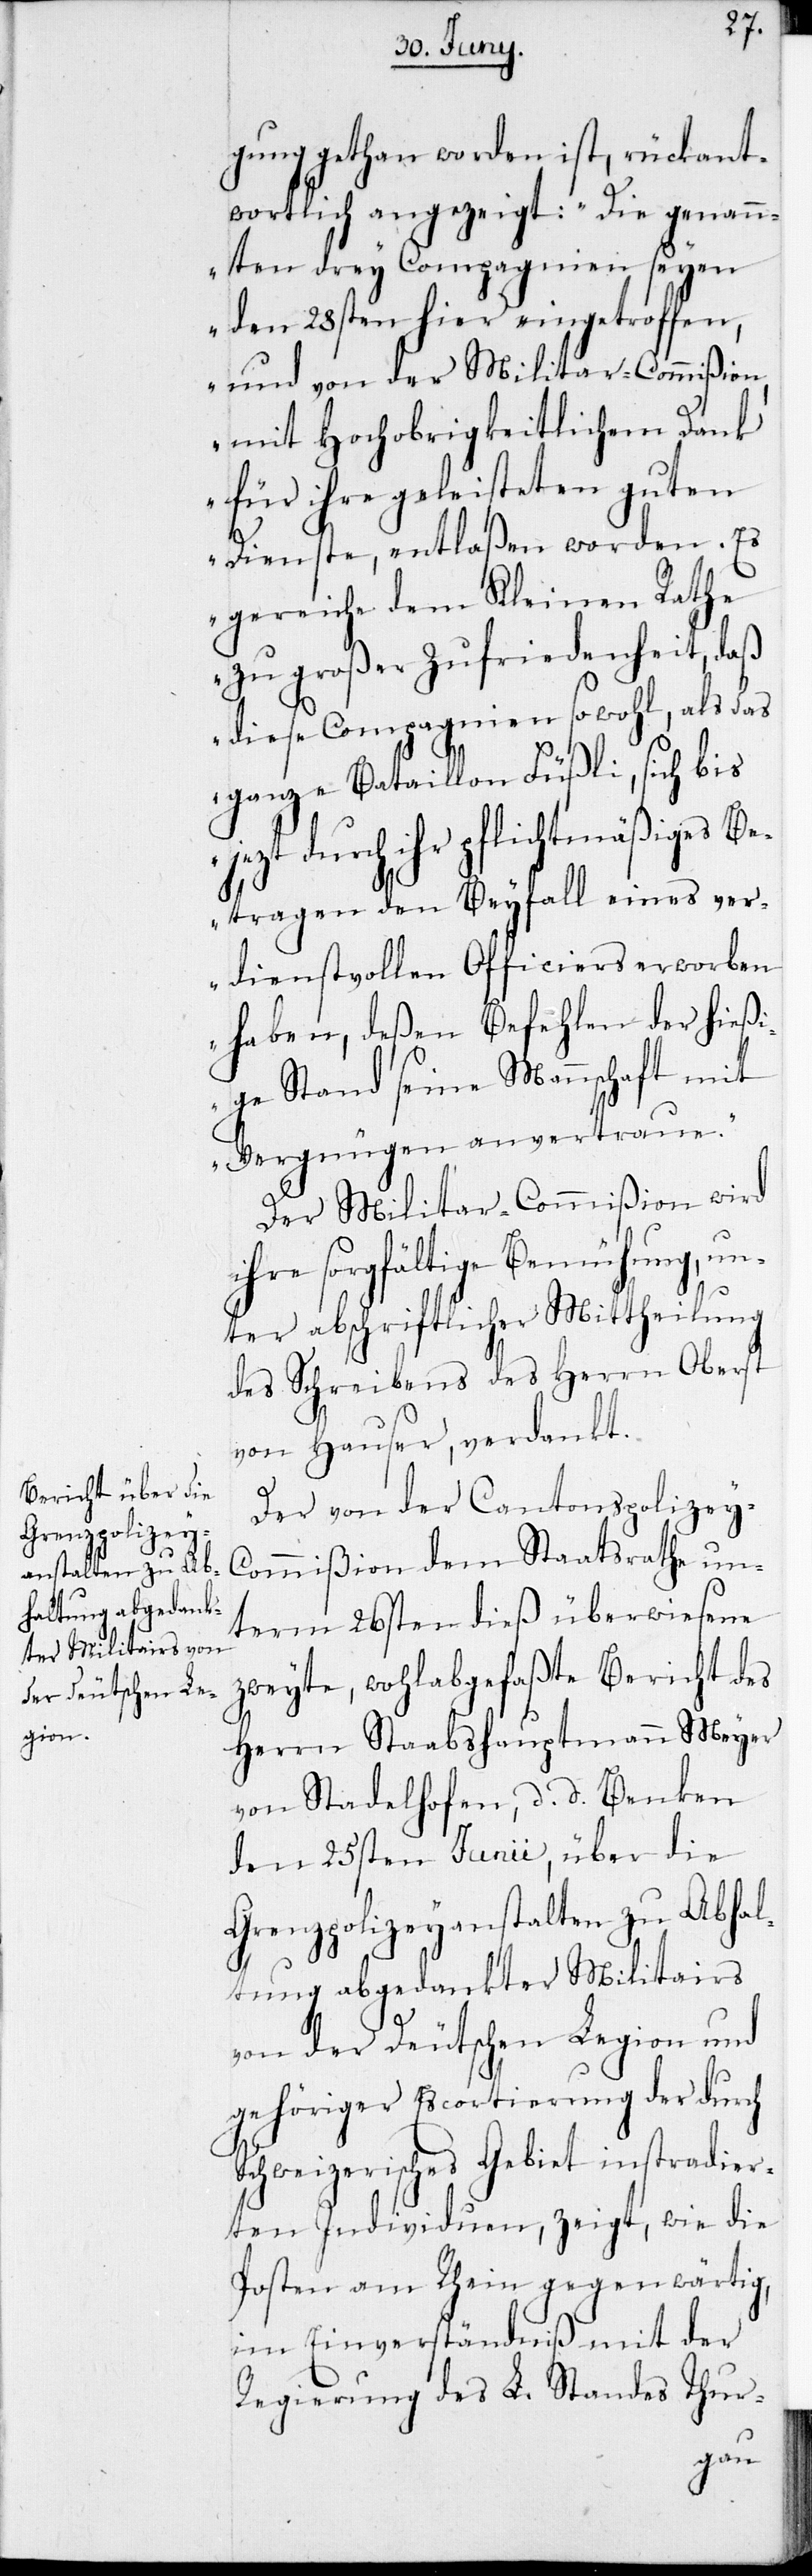
gung gethan worden ist, rückant¬
wortlich angezeigt: „Die genann¬
ten drey Compagnien seyen
den 28sten hier eingetroffen,
und von der Militar-Commißion
mit Hochobrigkeitlichem Dank
für ihre geleisteten guten
Dienste, entlaßen worden. Es
gereiche dem Kleinen Rathe
zu großer Zufriedenheit, daß
diese Compagnien sowohl, als das
ganze Bataillon Füßli, sich bis
durch ihr pflichtmäßiges Be¬
tragen den Beyfall eines ver¬
dienstvollen Officiers erworben
haben, deßen Befehlen der hießi¬
ge Stand seine Mannschaft mit
Vergnügen anvertraue.“
Der Militar-Commißion wird
ihre sorgfältige Bemühung, un¬
ter abschriftlicher Mittheilung
des Schreibens des Herrn Oberst
von Hauser, verdankt.
Der von der Cantonspolizey-C¬
ommißion dem Staatsrathe un¬
term 26sten dieß überwiesene
zweyte, wohlabgefaßte Bericht des
Herrn Staabshauptmann Meyer
von Stadelhofen, d. d. Benken
den 25sten Junii, über die
Grenzpolizeyanstalten zu Abhal¬
tung abgedankter Militairs
von der Deutschen Legion und
gehöriger Escortierung der durch
Schweizerisches Gebiet instradier¬
ten Individuen, zeigt, wie die
Posten am Rhein gegenwärtig,
im Einverständniß mit der
Regierung des L. Standes Thur-